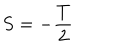
S = - \frac T 2